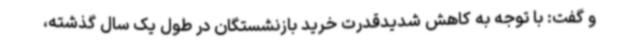
و گفت: با توجه به کاهش شدیدقدرت خرید بازنشستگان در طول یک سال گذشته،